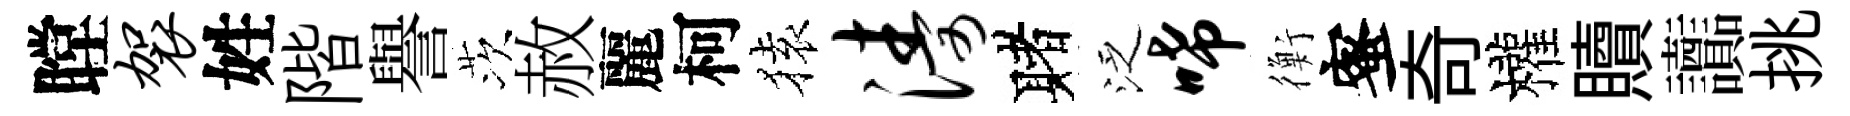
瞠袈姓階譽茨赦麗柯𫞤涛赌泛唏衡蜜奇權贖讟挑